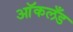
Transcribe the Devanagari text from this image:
आॅकलँड